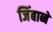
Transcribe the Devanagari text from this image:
जिंबाब्बे